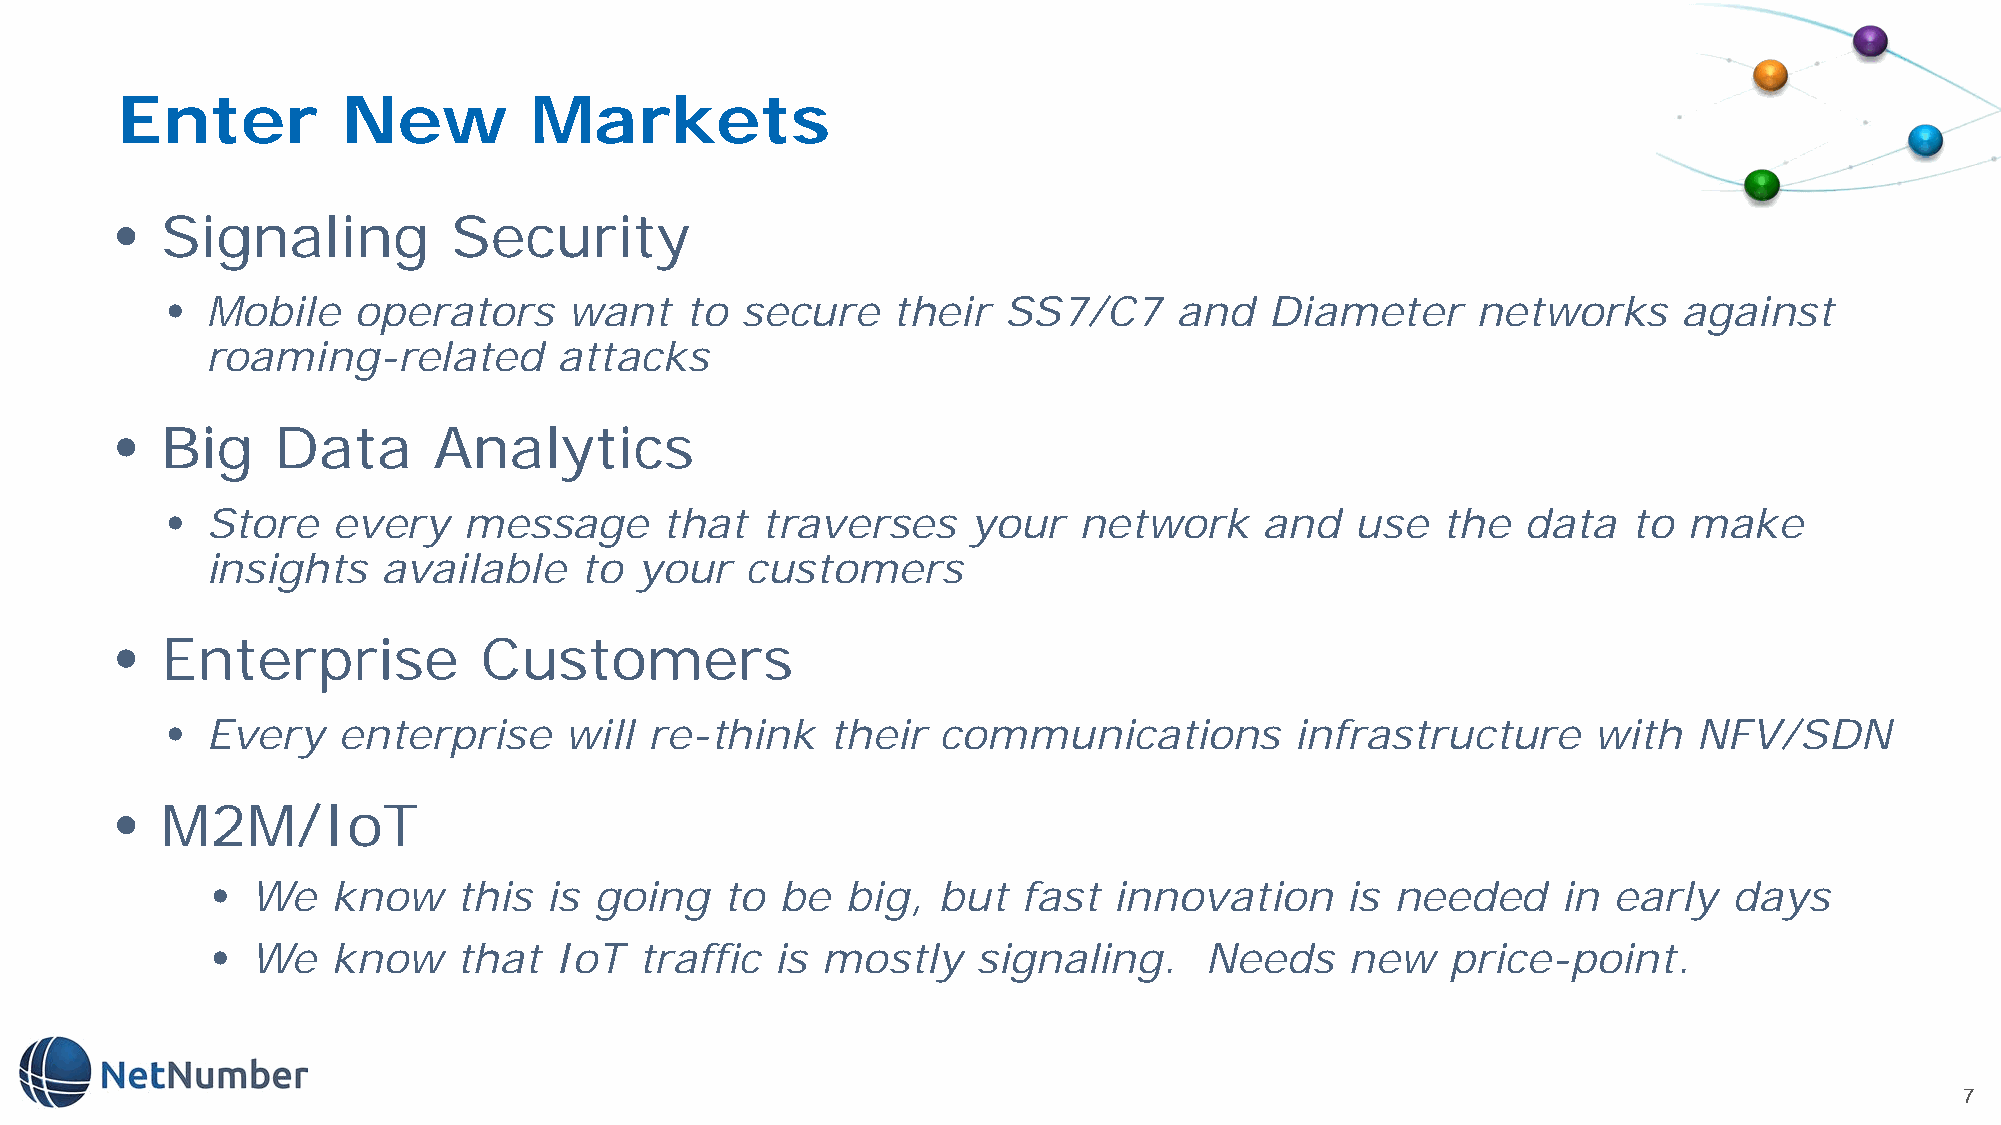
Enter          New         Markets
 •  Signaling          Security
 •  Mobile   operators      want   to  secure    their  SS7/C7      and   Diameter      networks     against
 roaming-related        attacks
 •  Big    Data       Analytics
 •  Store   every    message      that  traverses     your   network      and   use  the   data   to  make
 insights   available    to  your   customers
 •  Enterprise           Customers
 •  Every   enterprise     will  re-think    their  communications          infrastructure     with   NFV/SDN
 •  M2M/IoT
 •  We   know    this  is going    to  be  big,  but   fast  innovation     is needed     in  early   days
 •  We   know    that   IoT  traffic  is mostly     signaling.     Needs    new    price-point.
 7